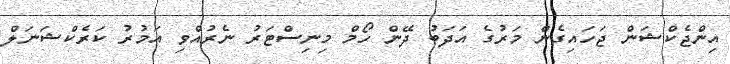
އިންޖެކްޝަން ޖަހައިގެން މަރުގެ އަދަބު ދޭން ހޯމް މިނިސްޓަރު ނެރުއްވި އަމުރު ކަރެކްޝަނަލް